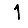
Digit: 1